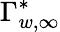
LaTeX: \Gamma_{w,\infty}^{*}